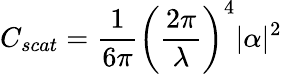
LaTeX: C_{scat}={\frac{1}{6\pi}}\left({\frac{2\pi}{\lambda}}\right)^{4}|\alpha|^{2}